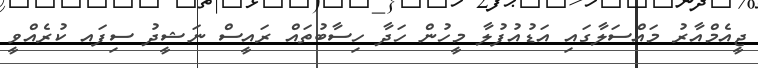
ޖީއެމްއާރު މައްސަލާގައި އަޑުއުފުލާ މީހުން ހަދާ ހިސާބުތައް ރައީސް ނަޝީދު ސިފައ ކުރެއްވީ